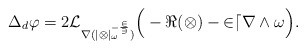
\begin{align*} \Delta_d \varphi = 2 \cal{L}_{\nabla (|\Omega|_\omega^{-\frac{2}{3}})} \Big( -\Re(\Omega) - 2 dr \wedge \omega\Big).\end{align*}